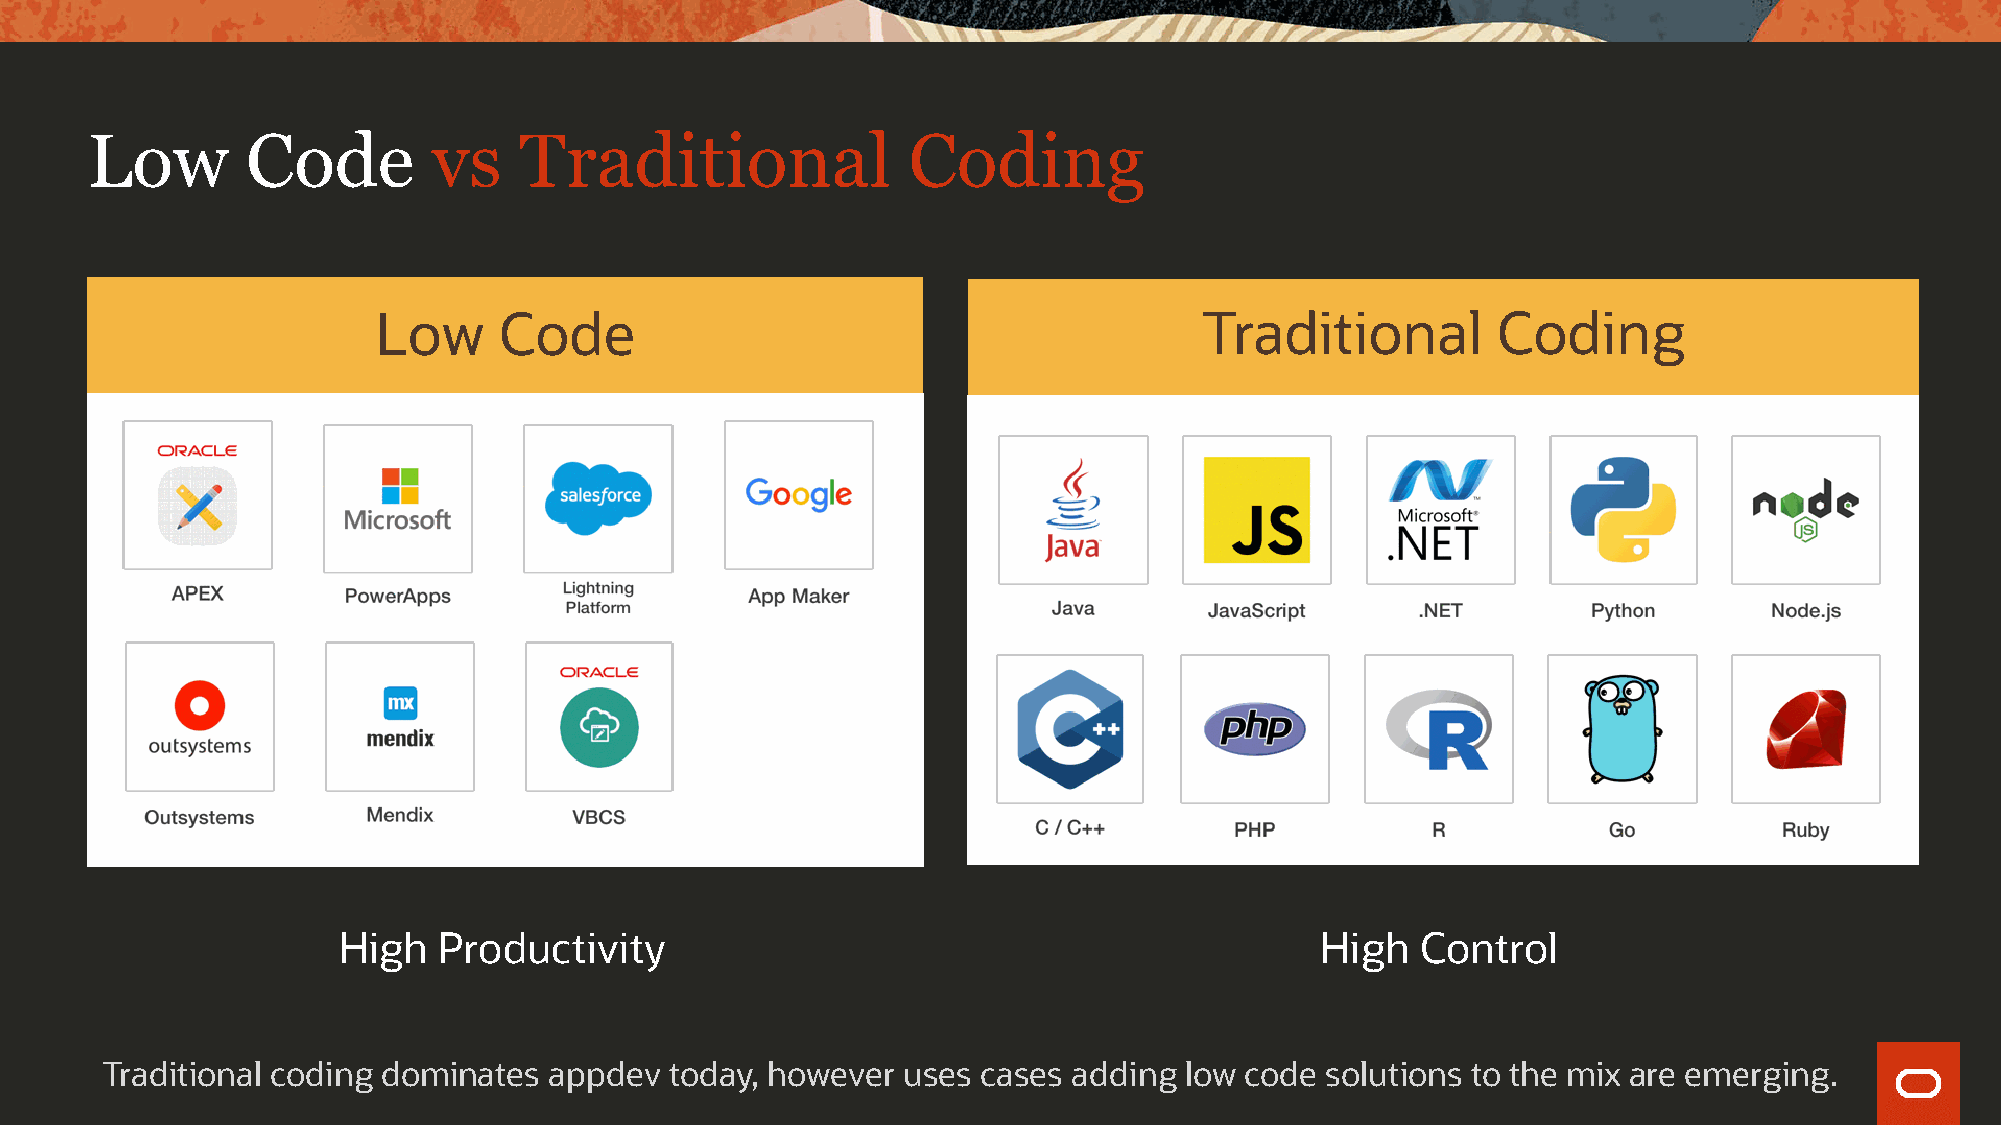
Low       Code         vs   Traditional               Coding
 Low     Code                                           Traditional        Coding
 High   Productivity                                              High   Control
 Traditional coding dominates appdev  today, however  uses cases adding low code  solutions to the mix are emerging.